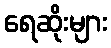
ရေဆိုးများ